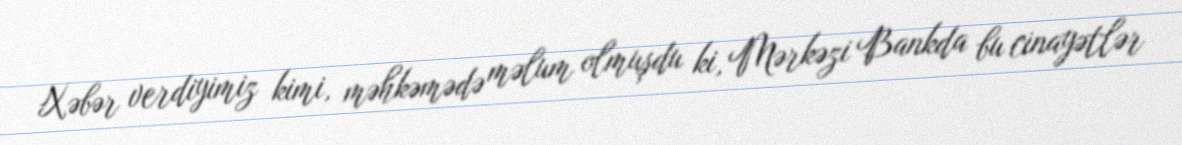
Xəbər verdiyimiz kimi, məhkəmədə məlum olmuşdu ki, Mərkəzi Bankda bu cinayətlər